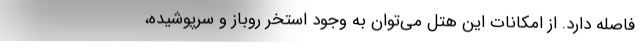
فاصله دارد. از امکانات این هتل می‌توان به وجود استخر روباز و سرپوشیده،